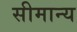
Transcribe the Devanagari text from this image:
सीमान्य